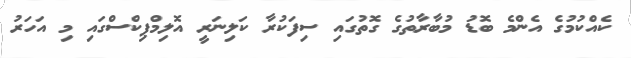
ކެއްކުމުގެ އެންމެ ބޮޑު މުބާރާތުގެ ގޮތުގައި ސިފަކުރާ ކަލިނަރީ އޮލިމްޕިކްސްގައި މި އަހަރު